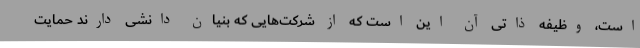
است، وظیفه ذاتی آن این است که از شرکت‌هایی که بنیان دانشی دارند حمایت